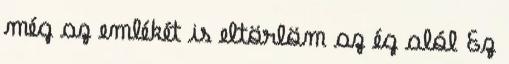
még az emlékét is eltörlöm az ég alól Ez